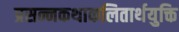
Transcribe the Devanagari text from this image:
प्रसन्नकथाकलितार्थयुक्ति